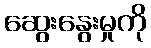
ဆွေးနွေးမှုကို